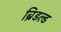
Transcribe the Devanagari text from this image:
ब्रिडल्ड